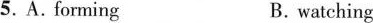
5.A. forming B. watching